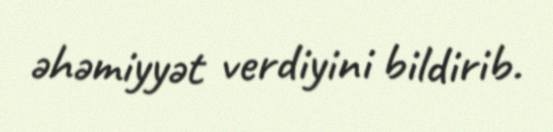
əhəmiyyət verdiyini bildirib.